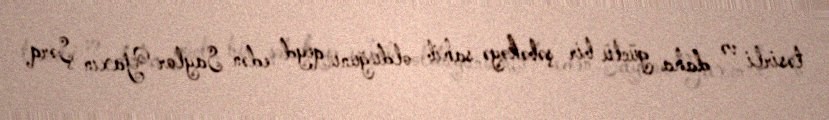
təsirli və daha güclü bir şəbəkəyə sahib olduğunu qeyd edən Saylor Yaxın Şərq